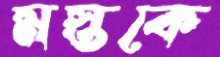
মস্তকে